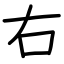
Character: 右